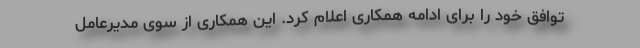
توافق خود را برای ادامه همکاری اعلام کرد. این همکاری از سوی مدیرعامل